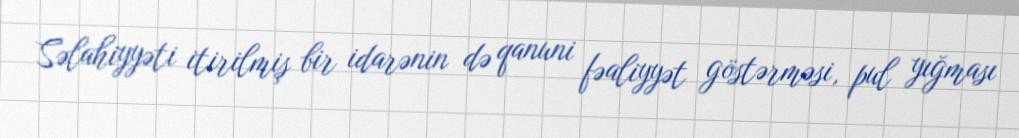
Səlahiyyəti itirilmiş bir idarənin də qanuni fəaliyyət göstərməsi, pul yığması